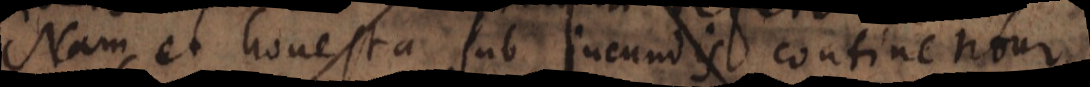
Nam et honesta sub jucundis continentur